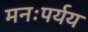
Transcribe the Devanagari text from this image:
मनःपर्यय